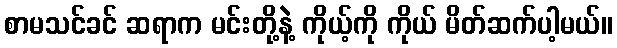
စာမသင်ခင် ဆရာက မင်းတို့နဲ့ ကိုယ့်ကို ကိုယ် မိတ်ဆက်ပါ့မယ်။